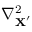
\nabla _ { \mathbf { X } ^ { ' } } ^ { 2 }